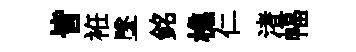
皆袵墜銘樵仁渚幅